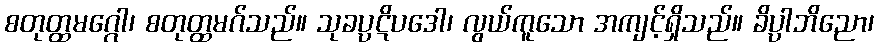
စတုတ္ထမဂ္ဂေါ၊ စတုတ္ထမဂ်သည်။ သုခပ္ပဋိပဒေါ၊ လွယ်ကူသော အကျင့်ရှိသည်။ ခိပ္ပါဘိညော၊